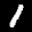
Label: 1